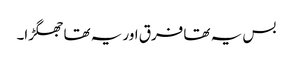
بس یہ تھا فرق اور یہ تھا جھگڑا۔